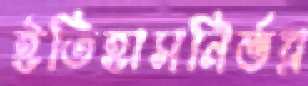
ইতিহাসনির্ভর